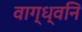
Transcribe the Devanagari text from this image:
वाग्ध्वनि